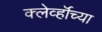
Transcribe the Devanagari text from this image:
क्लेर्व्हॉच्या